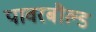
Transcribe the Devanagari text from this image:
पावरबौल्ड